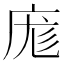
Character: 庬